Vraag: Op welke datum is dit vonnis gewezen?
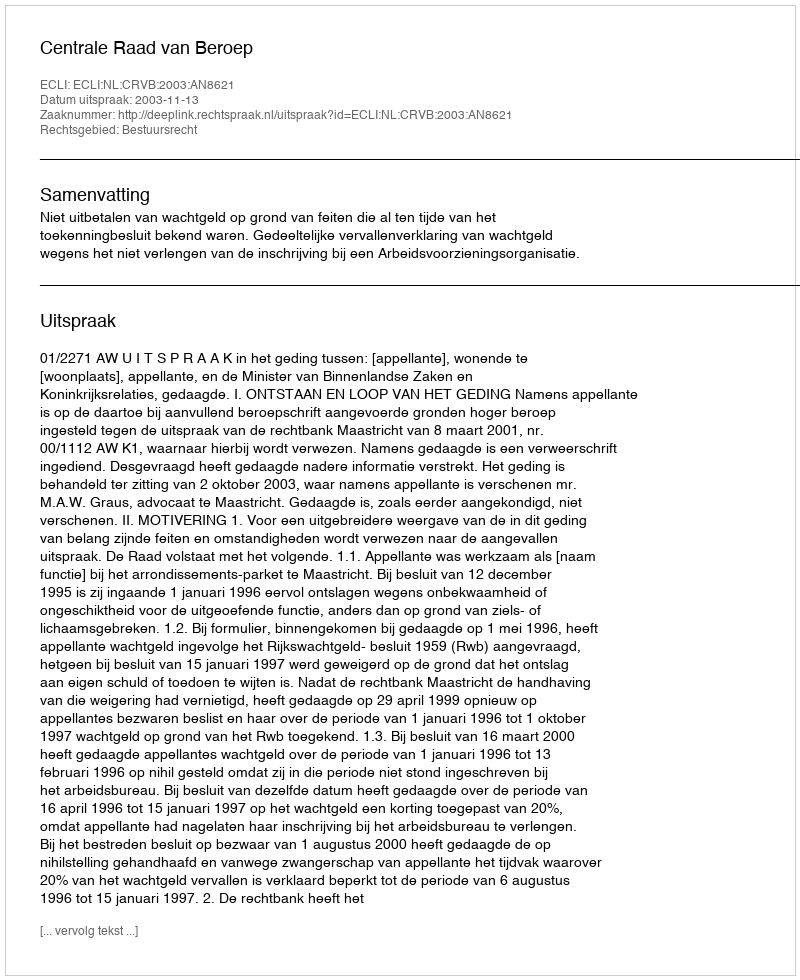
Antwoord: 2003-11-13